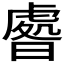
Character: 𣊑